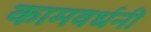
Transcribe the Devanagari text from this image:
कामवर्धनी